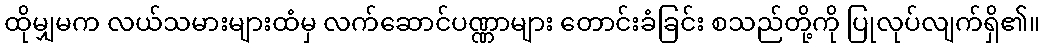
ထိုမျှမက လယ်သမားများထံမှ လက်ဆောင်ပဏ္ဏာများ တောင်းခံခြင်း စသည်တို့ကို ပြုလုပ်လျက်ရှိ၏။